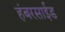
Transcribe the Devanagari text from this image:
हंबरसाईड